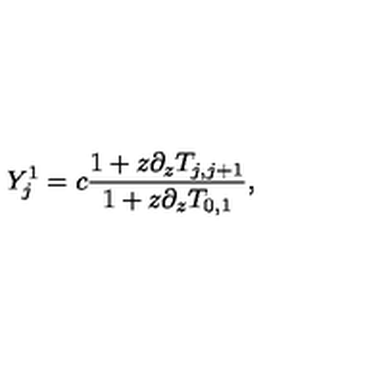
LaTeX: Y _ { j } ^ { 1 } = c \frac { 1 + z \partial _ { z } T _ { j , j + 1 } } { 1 + z \partial _ { z } T _ { 0 , 1 } } ,